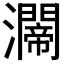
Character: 𤄇